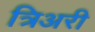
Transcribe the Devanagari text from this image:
त्रिअरी